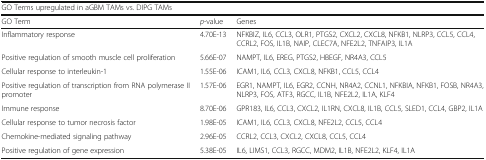
| <COLSPAN=3> GO Terms upregulated in aGBM TAMs vs. DIPG TAMs |
 | GO Term | p-value | Genes |
 | --- | --- | --- |
 | Inflammatory response | 4.70E-13 | NFKBIZ, IL6, CCL3, OLR1, PTGS2, CXCL2, CXCL8, NFKB1, NLRP3, CCL5, CCL4, CCRL2, FOS, IL1B, NAIP, CLEC7A, NFE2L2, TNFAIP3, IL1A |
 | Positive regulation of smooth muscle cell proliferation | 5.66E-07 | NAMPT, IL6, EREG, PTGS2, HBEGF, NR4A3, CCL5 |
 | Cellular response to interleukin-1 | 1.55E-06 | ICAM1, IL6, CCL3, CXCL8, NFKB1, CCL5, CCL4 |
 | Positive regulation of transcription from RNA polymerase II promoter | 1.57E-06 | EGR1, NAMPT, IL6, EGR2, CCNH, NR4A2, CCNL1, NFKBIA, NFKB1, FOSB, NR4A3, NLRP3, FOS, ATF3, RGCC, IL1B, NFE2L2, IL1A, KLF4 |
 | Immune response | 8.70E-06 | GPR183, IL6, CCL3, CXCL2, IL1RN, CXCL8, IL1B, CCL5, SLED1, CCL4, GBP2, IL1A |
 | Cellular response to tumor necrosis factor | 1.98E-05 | ICAM1, IL6, CCL3, CXCL8, NFE2L2, CCL5, CCL4 |
 | Chemokine-mediated signaling pathway | 2.96E-05 | CCRL2, CCL3, CXCL2, CXCL8, CCL5, CCL4 |
 | Positive regulation of gene expression | 5.38E-05 | IL6, LIMS1, CCL3, RGCC, MDM2, IL1B, NFE2L2, KLF4, IL1A |